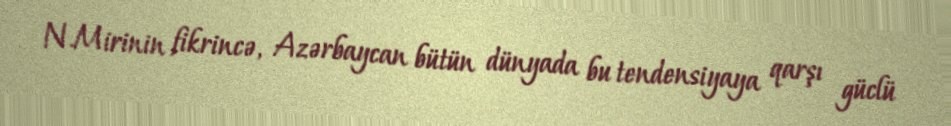
N.Mirinin fikrincə, Azərbaycan bütün dünyada bu tendensiyaya qarşı güclü